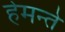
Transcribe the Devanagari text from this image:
हेमन्ते